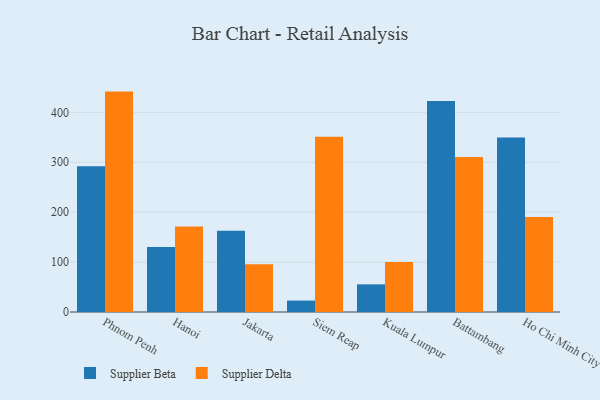
{"axis": {"x": "City", "y": "Bounce Rate (%)"}, "legend": ["Supplier Beta", "Supplier Delta"], "data": [{"x": "Phnom Penh", "y": 292.2, "type": "Supplier Beta"}, {"x": "Phnom Penh", "y": 441.6, "type": "Supplier Delta"}, {"x": "Hanoi", "y": 130.2, "type": "Supplier Beta"}, {"x": "Hanoi", "y": 171.5, "type": "Supplier Delta"}, {"x": "Jakarta", "y": 162.8, "type": "Supplier Beta"}, {"x": "Jakarta", "y": 95.9, "type": "Supplier Delta"}, {"x": "Siem Reap", "y": 22.9, "type": "Supplier Beta"}, {"x": "Siem Reap", "y": 351.3, "type": "Supplier Delta"}, {"x": "Kuala Lumpur", "y": 55.4, "type": "Supplier Beta"}, {"x": "Kuala Lumpur", "y": 100.4, "type": "Supplier Delta"}, {"x": "Battambang", "y": 422.8, "type": "Supplier Beta"}, {"x": "Battambang", "y": 310.8, "type": "Supplier Delta"}, {"x": "Ho Chi Minh City", "y": 349.6, "type": "Supplier Beta"}, {"x": "Ho Chi Minh City", "y": 190.2, "type": "Supplier Delta"}]}